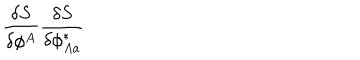
LaTeX: \frac { \delta S } { \delta \phi ^ { A } } \frac { \delta S } { \delta \phi _ { A a } ^ { \ast } }